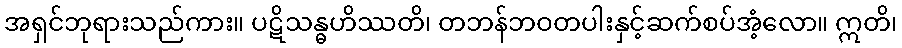
အရှင်ဘုရားသည်ကား။ ပဋိသန္ဓဟိဿတိ၊ တဘန်ဘဝတပါးနှင့်ဆက်စပ်အံ့လော။ ဣတိ၊